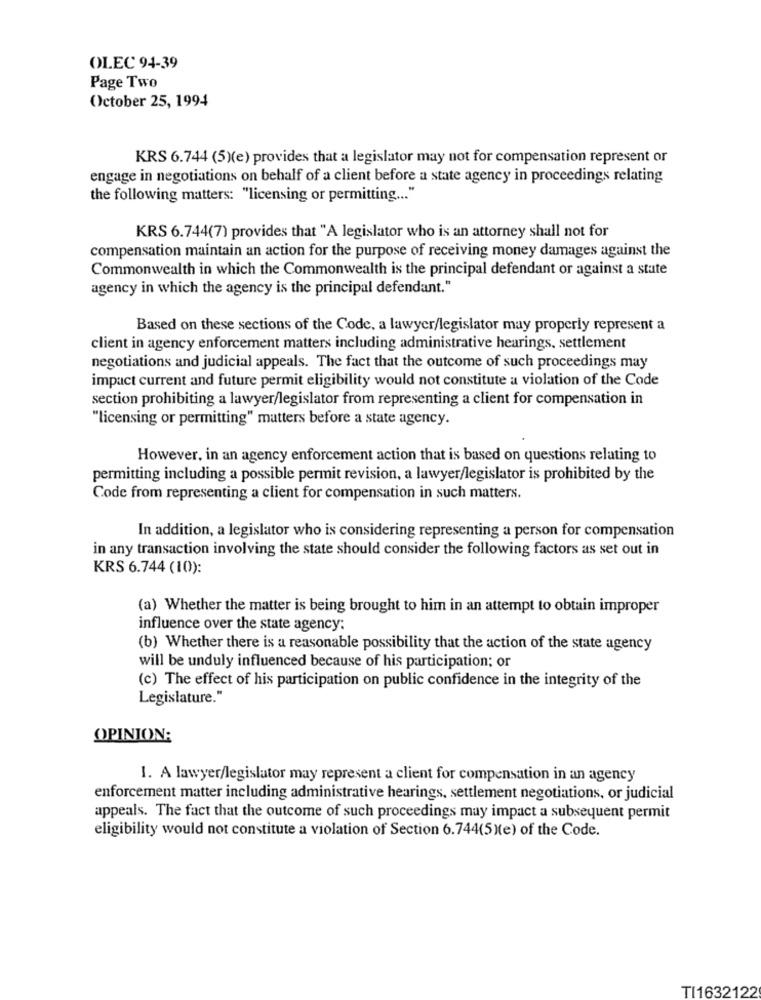
OLEC 94-39
Page Two
October 25, 1994
KRS 6.744 (5)(e) provides that a legislator may not for compensation represent or
engage in negotiations on behalf of a client before a state agency in proceedings relating
the following matters: "licensing or permitting ... "
KRS 6.744(7) provides that "A legislator who is an attorney shall not for
compensation maintain an action for the purpose of receiving money damages against the
Commonwealth in which the Commonwealth is the principal defendant or against a state
agency in which the agency is the principal defendant."
Based on these sections of the Code, a lawyer/legislator may properly represent a
client in agency enforcement matters including administrative hearings, settlement
negotiations and judicial appeals. The fact that the outcome of such proceedings may
impact current and future permit eligibility would not constitute a violation of the Code
section prohibiting a lawyer/legislator from representing a client for compensation in
"licensing or permitting" matters before a state agency.
However, in an agency enforcement action that is based on questions relating to
permitting including a possible permit revision, a lawyer/legislator is prohibited by the
Code from representing a client for compensation in such matters.
In addition, a legislator who is considering representing a person for compensation
in any transaction involving the state should consider the following factors as set out in
KRS 6.744 (10):
(a) Whether the matter is being brought to him in an attempt to obtain improper
influence over the state agency:
(b) Whether there is a reasonable possibility that the action of the state agency
will be unduly influenced because of his participation; or
(c) The effect of his participation on public confidence in the integrity of the
Legislature."
OPINION:
1. A lawyer/legislator may represent a client for compensation in an agency
enforcement matter including administrative hearings, settlement negotiations, or judicial
appeals. The fact that the outcome of such proceedings muy impact a subsequent permit
eligibility would not constitute a violation of Section 6.744(5 )(e) of the Code.
TI1632122